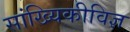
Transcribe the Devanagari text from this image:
सांख्यिकीविज्ञ